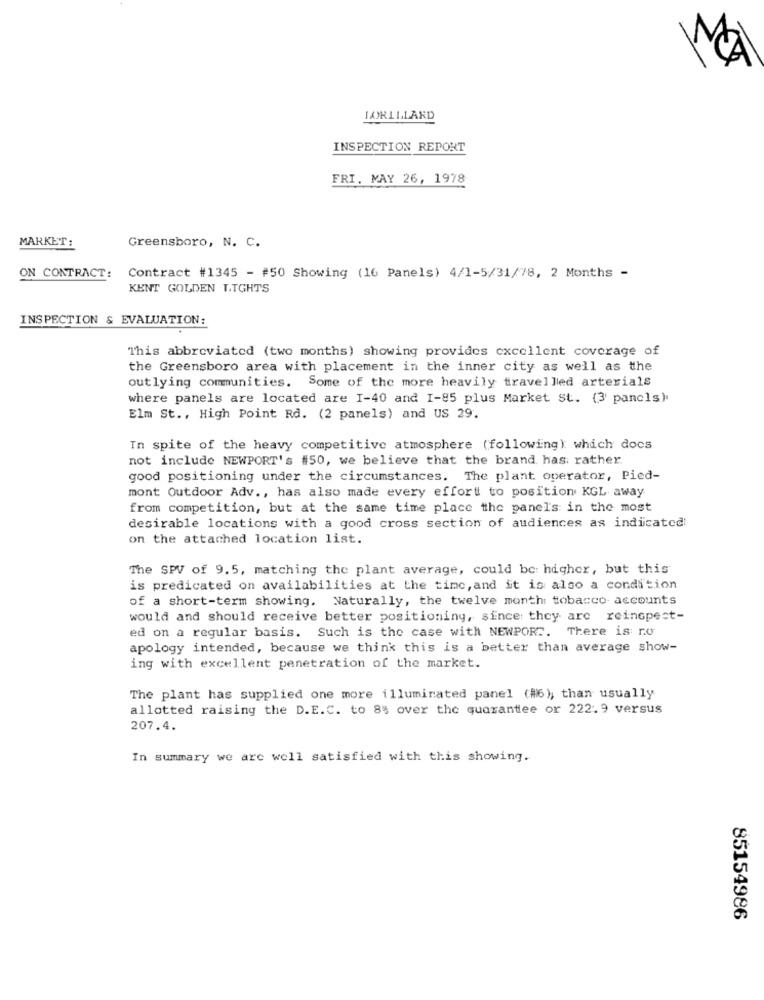
JARLLLARD
INSPECTION REPORT
FRI. MAY 26, 1978
MARKET:
Greensboro, N. C.
ON CONTRACT: Contract #1345 - #50 Showing (16 Panels) 4/1-5/31/78, 2 Months -
KENT GOLDEN LIGHTS
INSPECTION & EVALUATION:
This abbreviated (two months) showing provides excellent coverage of
the Greensboro area with placement in the inner city as well as the
outlying communities. Some of the more heavily travelled arterials
where panels are located are I-40 and I-85 plus Market st. (3' pancls).
Elm St ., High Point Rd. (2 panels) and US 29.
In spite of the heavy competitive atmosphere (following) which docs
not include NEWPORT's #50, we believe that the brand has; rather
good positioning under the circumstances. The plant operator, Pied-
mont Outdoor Adv ., has also made every effort to position KGL away
from competition, but at the same time place the panel's in the most
desirable locations with a good cross section of audiences as indicated
on the attached location list.
The SPV of 9.5, matching the plant average, could be: higher, but this
is predicated on availabilities at the timc, and it is also a condition
of a short-term showing. Naturally, the twelve month tobacco accounts
would and should receive better positioning, since they are reinspect-
ed on a regular basis. Such is the case with NEWPOR .. There is no
apology intended, because we think this is a better than average show-
ing with excellent penetration of the market.
The plant has supplied one more illuminated panel (#6); than usually
allotted raising the D.E.C. to 8% over the quarantee or 222.9 versus
207.4.
In summary we are well satisfied with this showing.
85154986